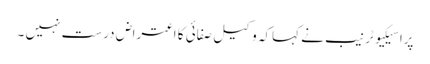
پراسیکیوٹر نیب نے کہاکہ وکیل صفائی کا اعتراض درست نہیں ۔